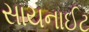
સાયનાઈટ